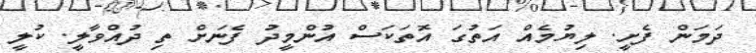
ދަމަން ފެށީ. ލިޔުމެއް އަތުގަ އޮތަކަސް އުންމީދު ފެނަށް ތިި ދުއްވާލީ. ކުލީ